Lunatic asylums United Provinces 1909-1921 - 1909-1921
Year: 1909
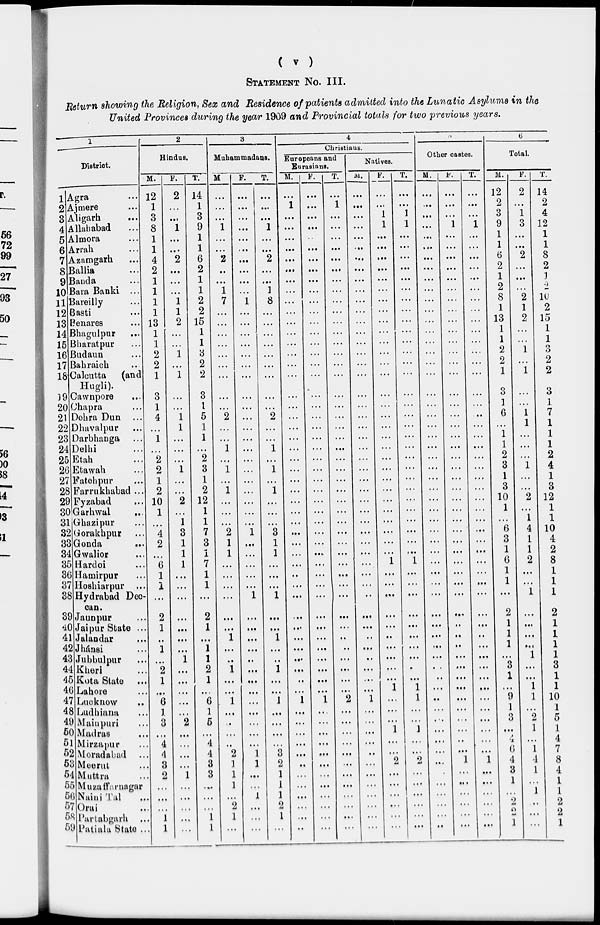
( v )
STATEMENT No. III.
Return showing the Religion, Sex and Residence of patients admitted into the Lunatic Asylums in the
United Provinces during the year 1909 and Provincial totals for two previous years.
1
District.
1
2
3
4
5
6
7
8
9
10
11
12
13
14
15
16
17
18
19
20
21
22
23
24
25
26
27
28
29
30
31
32
33
34
35
36
37
38
39
40
41
42
43
44
45
46
47
48
49
50
51
52
53
54
55
56
57
58
59
Agra ...
Ajmere ...
Aligarh...
Allahabad...
Almora...
Arrah...
Azamgarh...
Ballia...
Banda...
Bara Banki ...
Bareilly...
Basti...
Benares...
Bhagulpur...
Bharatpur...
Budaun...
Bahraich...
Calcutta
(and
Hugli).
Cawnpore...
Chapra...
Dehra Dun ...
Dhavalpur...
Darbhanga...
Delhi...
Etah...
Etawah...
Fatehpur...
Farrukhabad ...
Fyzabad...
Garhwul...
Ghazipur...
Gorakhpur...
Gonda...
Gwalior...
Hardoi...
Hamirpur...
Hoshiarpur ...
Hydrabad Dec¬
can.
Jaunpur...
Jaipur State ...
Jalandar...
Jhánsi...
Jubbulpur...
Kheri...
Kota State...
Lahore...
Lucknow...
Ludhiana...
Mainpuri...
Madras...
Mirzapur...
Moradabad ...
Meerut...
Muttra...
Muzaffarnagar
Naini Tal...
Orai...
Partabgarh ...
Patiala State ...
2
Hindus.
M.
12
1
3
8
1
1
4
2
1
1
1
1
13
1
1
2
2
1
3
1
4
...
1
...
2
2
1
2
10
1
...
4
2
...
6
1
1
...
2
1
...
1
...
2
1
...
6
1
3
...
4
4
3
2
...
...
...
1
l
F.
2
...
...
1
...
...
2
...
...
...
1
1
2
...
...
1
...
1
...
...
1
1
...
...
...
1
...
...
2
...
1
3
1
1
1
...
...
...
...
...
...
...
1
...
...
...
...
...
2
...
...
...
...
1
...
...
...
...
...
T.
14
1
3
9
1
1
6
2
1
1
2
2
15
1
1
3
2
2
3
1
5
1
1
...
2
3
1
2
12
1
1
7
3
1
7
1
1
...
2
1
...
1
1
2
1
...
6
1
5
...
4
4
3
3
...
...
...
1
1
3
Muhammadans.
M
...
...
...
1
...
...
2
...
...
1
7
...
...
...
...
...
...
...
...
...
2
...
...
1
...
1
...
1
...
...
...
2
1
1
...
...
...
...
...
...
1
...
...
1
...
...
1
...
...
...
...
2
1
1
1
...
2
1
...
F.
...
...
...
...
...
...
...
...
...
...
1
...
...
...
...
...
...
...
...
...
...
...
...
...
...
...
...
...
...
...
1
...
...
...
...
...
1
...
...
...
...
...
...
...
...
...
...
...
...
...
1
1
...
...
1
...
...
...
T.
...
...
...
1
...
...
2
...
...
1
8
...
...
...
...
...
...
...
...
...
2
...
1
...
1
...
1
...
...
...
3
1
1
...
...
...
1
...
...
1
...
...
1
...
...
1
...
...
...
...
3
2
1
1
1
2
1
...
4
Christians.
Europeans and
Eurasians.
M.
...
1
...
...
...
...
...
...
...
...
...
...
...
. . .
. . .
...
...
...
...
...
...
...
...
...
...
...
...
...
...
...
...
...
...
...
...
...
...
...
...
...
...
...
...
...
...
...
1
...
...
...
...
...
...
...
...
...
...
....
...
F.
...
...
...
...
...
...
...
...
...
...
...
...
...
...
...
...
...
...
...
...
...
...
...
...
...
...
...
...
...
...
...
. . .
...
...
...
...
...
...
...
. . .
...
...
...
...
...
...
1
...
...
...
...
...
...
...
...
...
...
...
...
T.
...
1
...
...
...
...
...
...
...
...
...
...
...
...
...
...
...
...
...
...
...
...
...
...
...
...
...
...
...
...
...
...
...
...
...
...
...
...
...
...
...
...
...
...
...
...
2
...
...
...
...
...
...
...
...
...
...
...
...
Natives.
M.
...
...
...
...
...
...
...
...
...
...
...
...
...
...
...
...
...
...
...
...
...
...
...
...
...
...
...
...
...
...
...
...
...
...
...
...
...
...
...
...
...
...
...
...
...
...
1
...
...
...
...
...
...
...
...
...
...
...
...
F.
...
...
1
1
...
...
...
...
...
...
...
...
...
...
...
...
...
...
...
...
...
...
...
...
...
...
...
...
...
...
...
...
...
...
1
...
...
...
...
...
...
...
...
...
...
1
...
...
...
1
...
...
2
...
...
...
...
...
...
T.
...
...
1
1
...
...
...
...
...
...
...
...
...
...
...
...
...
...
...
...
...
...
...
...
...
...
...
...
...
...
...
...
...
...
1
...
...
...
...
...
...
...
...
...
1
1
...
...
1
...
...
2
...
...
...
...
...
...
5
Other castes.
M.
...
...
...
...
...
...
...
...
...
...
...
...
...
...
...
...
...
...
...
...
...
...
...
...
...
...
...
...
...
...
...
...
...
...
...
...
...
...
...
...
...
...
...
...
...
...
...
...
...
...
...
...
...
...
...
...
...
...
...
F.
...
...
...
1
...
...
...
...
...
...
...
...
...
...
...
...
...
...
...
...
...
...
...
...
...
...
...
...
...
...
...
...
...
...
...
...
...
...
...
...
...
...
...
...
...
...
...
...
...
...
...
...
1
...
...
...
...
...
...
T.
...
...
...
1
...
...
...
...
...
...
...
...
...
...
...
...
...
...
...
...
..
...
...
...
...
...
...
...
...
...
...
...
...
...
...
...
...
...
...
...
...
...
...
...
...
...
...
...
...
...
...
...
1
.. .
...
...
...
...
...
6
Total.
M.
12
2
3
9
1
1
6
2
1
2
8
1
13
1
1
2
2
1
3
1
6
...
1
1
2
3
1
3
10
1
...
6
3
1
6
1
1
...
2
1
1
1
...
3
1
...
9
1
3
...
...
6
4
3
1
...
2
...
1
F.
2
...
1
3
...
...
2
...
...
...
2
1
2
...
...
1
...
1
...
...
1
1
...
...
...
1
...
...
2
...
1
4
1
1
2
...
1
...
...
...
...
1
...
...
1
1
...
2
1
...
1
4
1
...
1
...
...
...
T.
14
2
4
12
1
1
8
2
1
2
10
2
15
1
1
3
2
2
3
1
7
1
1
1
2
4
1
3
12
1
1
10
4
2
8
1
1
1
2
1
1
1
1
3
1
1
10
1
5
1
4
7
8
4
1
1
2
2
1